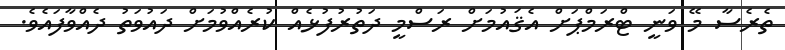
ތެރެސާ މޭ ވަނީ ޓްރަމްޕަށް އެޤައުމަށް ރަސްމީ ދަތުރުފުޅެއް ކުރެއްވުމަށް ދައުވަތު ދެއްވާފައެވެ.